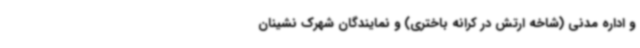
و اداره مدنی (شاخه ارتش در کرانه باختری) و نمایندگان شهرک نشینان